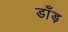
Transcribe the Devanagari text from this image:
डाँड़